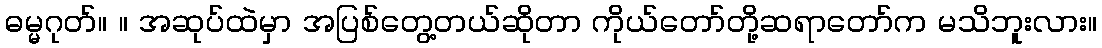
ဓမ္မဂုတ်။ ။ အဆုပ်ထဲမှာ အပြစ်တွေ့တယ်ဆိုတာ ကိုယ်တော်တို့ဆရာတော်က မသိဘူးလား။